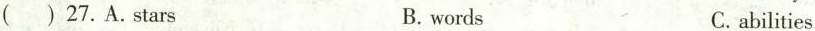
( ) 27.A.Stars B. words C.abilities (